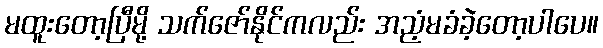
မထူးတော့ပြီမို့ သက်ဇော်နိုင်ကလည်း အညံ့မခံခဲ့တော့ပါပေ။